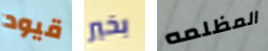
قيود بخير المظلمه